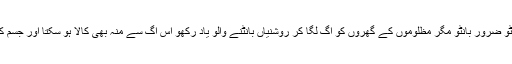
ختم نبوت کے عظیم مجاہدو خوشیاں بانٹو ضرور بانٹو مگر مظلوموں کے گھروں کو آگ لگا کر روشنیاں بانٹنے والو یاد رکھو اس آگ سے منہ بھی کالا ہو سکتا اور جسم کے ساتھ ساتھ روح بھی سڑ سکتی ہے ۔